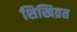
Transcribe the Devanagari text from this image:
शिखिव्रत